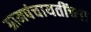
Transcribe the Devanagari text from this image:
ग्रामपंचायतींच्या